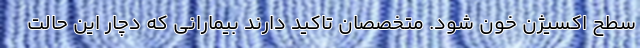
سطح اکسیژن خون شود. متخصصان تاکید دارند بیمارانی که دچار این حالت